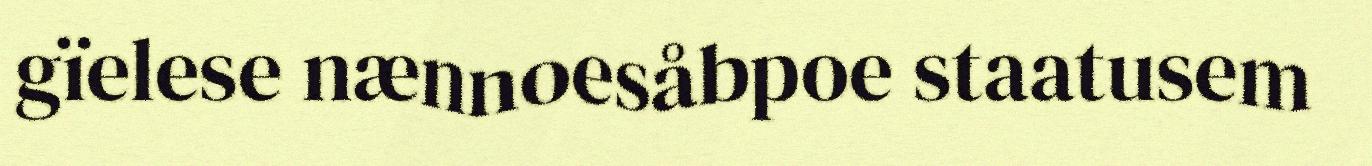
gïelese nænnoesåbpoe staatusem